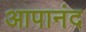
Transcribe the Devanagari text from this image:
आपानंद